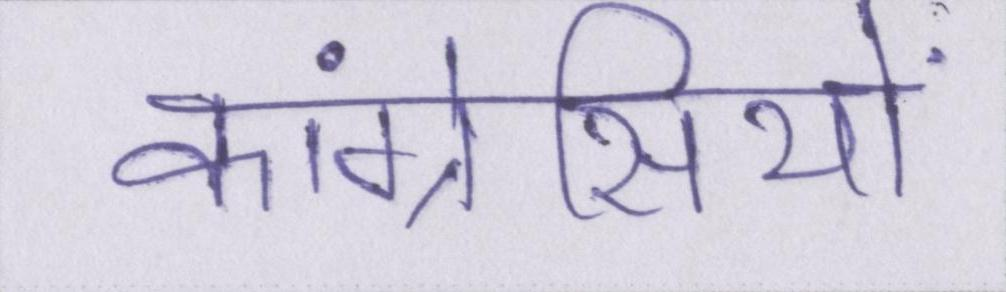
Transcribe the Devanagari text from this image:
कांग्रेसियों